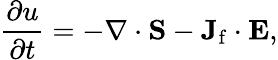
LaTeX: {\frac{\partial u}{\partial t}}=-\mathbf{\nabla}\cdot\mathbf{S}-\mathbf{J_{\mathrm{f}}}\cdot\mathbf{E},